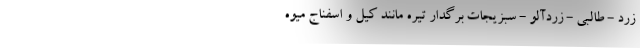
زرد - طالبی - زردآلو - سبزیجات برگدار تیره مانند کیل و اسفناج میوه